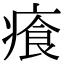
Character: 𤸤